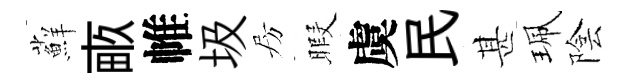
蘚畞帷圾房暇虞民甚珮陰